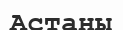
Астаны